Leaving Certificate Examination (including Day School Certificate (Higher) General paper), 1930
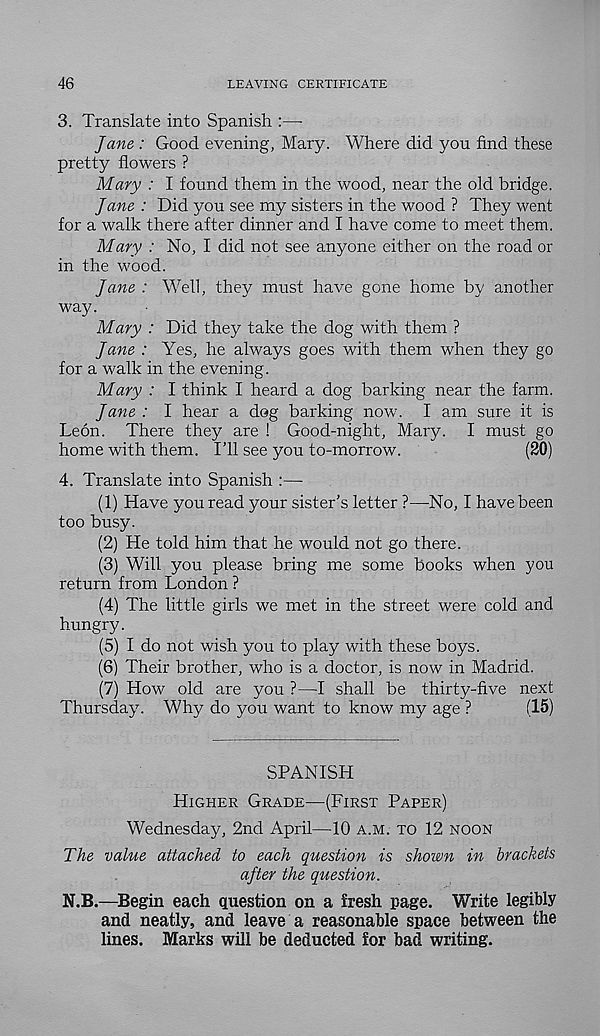
46
LEAVING CERTIFICATE
3. Translate into Spanish :—
Jane : Good evening, Mary. Where did you find these
pretty flowers ?
Mary : I found them in the wood, near the old bridge.
Jane : Did you see my sisters in the wood ? They went
for a walk there after dinner and I have come to meet them.
Mary : No, I did not see anyone either on the road or
in the wood.
Jane : Well, they must have gone home by another
way.
Mary : Did they take the dog with them ?
Jane : Yes, he always goes with them when they go
for a walk in the evening.
Mary : I think I heard a dog barking near the farm.
Jane : I hear a dog barking now. I am sure it is
Leon. There they are ! Good-night, Mary. I must go
home with them. I’ll see you to-morrow.
(20)
4. Translate into Spanish :—
(1) Have you read your sister’s letter ?—No, I have been
too busy.
(2) He told him that he would not go there.
(3) Will you please bring me some books when you
return from London ?
(4) The little girls we met in the street were cold and
hungry.
(5) I do not wish you to play with these boys.
(6) Their brother, who is a doctor, is now in Madrid.
(7) How old are you ?—I shall be thirty-five next
Thursday. Why do you want to know my age ?
(15)
SPANISH
Higher Grade—(First Paper)
Wednesday, 2nd April—10 a.m. to 12 noon
The value attached to each question is shown in brackets
ajter the question.
N.B.—Begin each question on a fresh page. Write legibly
and neatly, and leave a reasonable space between the
lines. Marks will be deducted for bad writing.